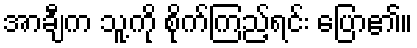
အာချီက သူ့ကို စိုက်ကြည့်ရင်း ပြော၏။